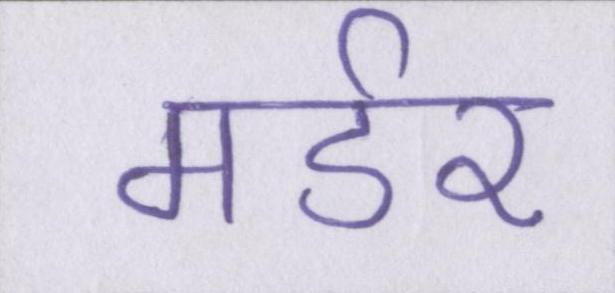
मर्डर